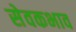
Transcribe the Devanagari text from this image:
सेवकभाव